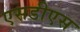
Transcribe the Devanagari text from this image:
एसडीएस